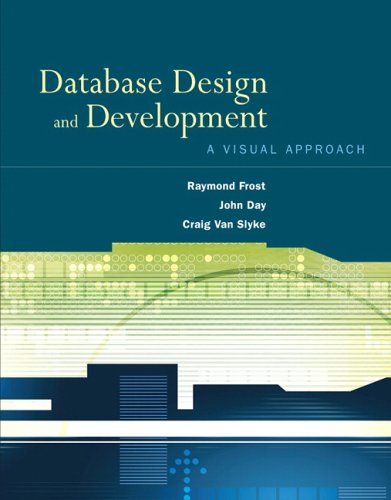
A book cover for Database Design and Development: A Visual Approach; Raymond Frost; Computers & Technology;